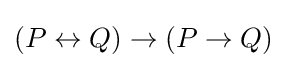
(P\leftrightarrow Q)\to (P\to Q)